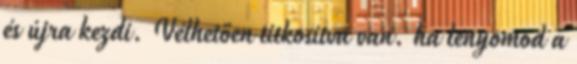
és újra kezdi. Vélhetően titkosítva van. ha lenyomod a